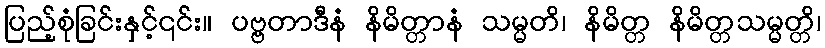
ပြည့်စုံခြင်းနှင့်၎င်း။ ပဗ္ဗတာဒီနံ နိမိတ္တာနံ သမ္မတိ၊ နိမိတ္တ နိမိတ္တသမ္မတ္တိ၊